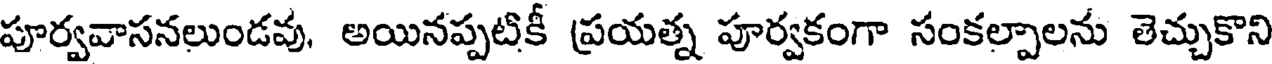
పూర్వవాసనలుండవు, అయినప్పటికీ ప్రయత్న పూర్వకంగా సంకల్పాలను తెచ్చుకొని